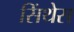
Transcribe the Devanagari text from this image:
सिंथेस